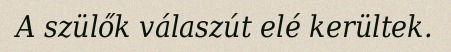
A szülők válaszút elé kerültek.